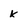
Character: k